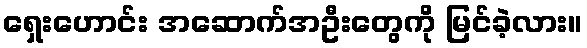
ရှေးဟောင်း အဆောက်အဦးတွေကို မြင်ခဲ့လား။